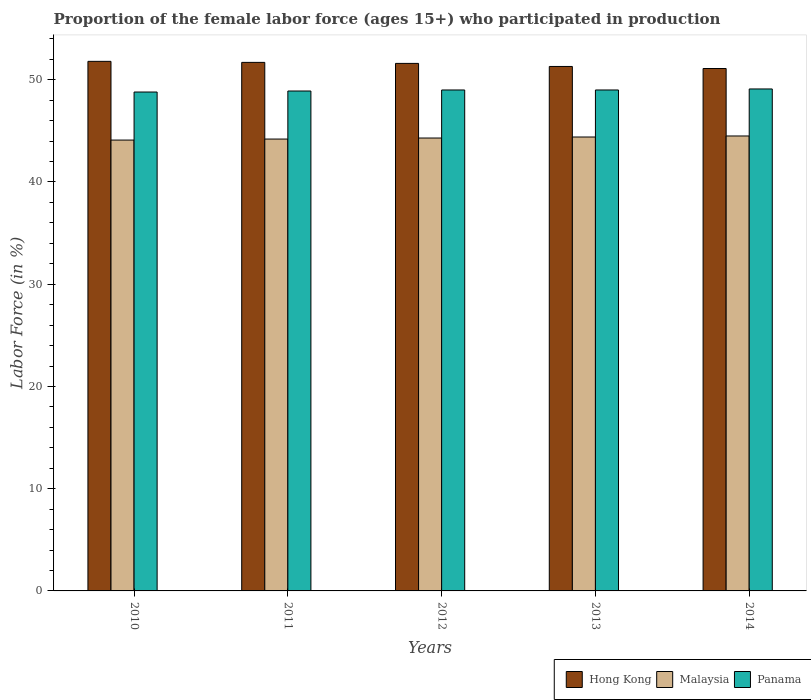
| Years | Hong Kong | Malaysia | Panama |
 | --- | --- | --- | --- |
 | 2010 | 51.8 | 44.1 | 48.8 |
 | 2011 | 51.7 | 44.2 | 48.9 |
 | 2012 | 51.6 | 44.3 | 49 |
 | 2013 | 51.3 | 44.4 | 49 |
 | 2014 | 51.1 | 44.5 | 49.1 |